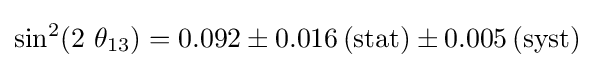
\sin ^{2}(2\ \theta _{13})=0.092\pm 0.016\,\mathrm {(stat)} \pm 0.005\,\mathrm {(syst)}